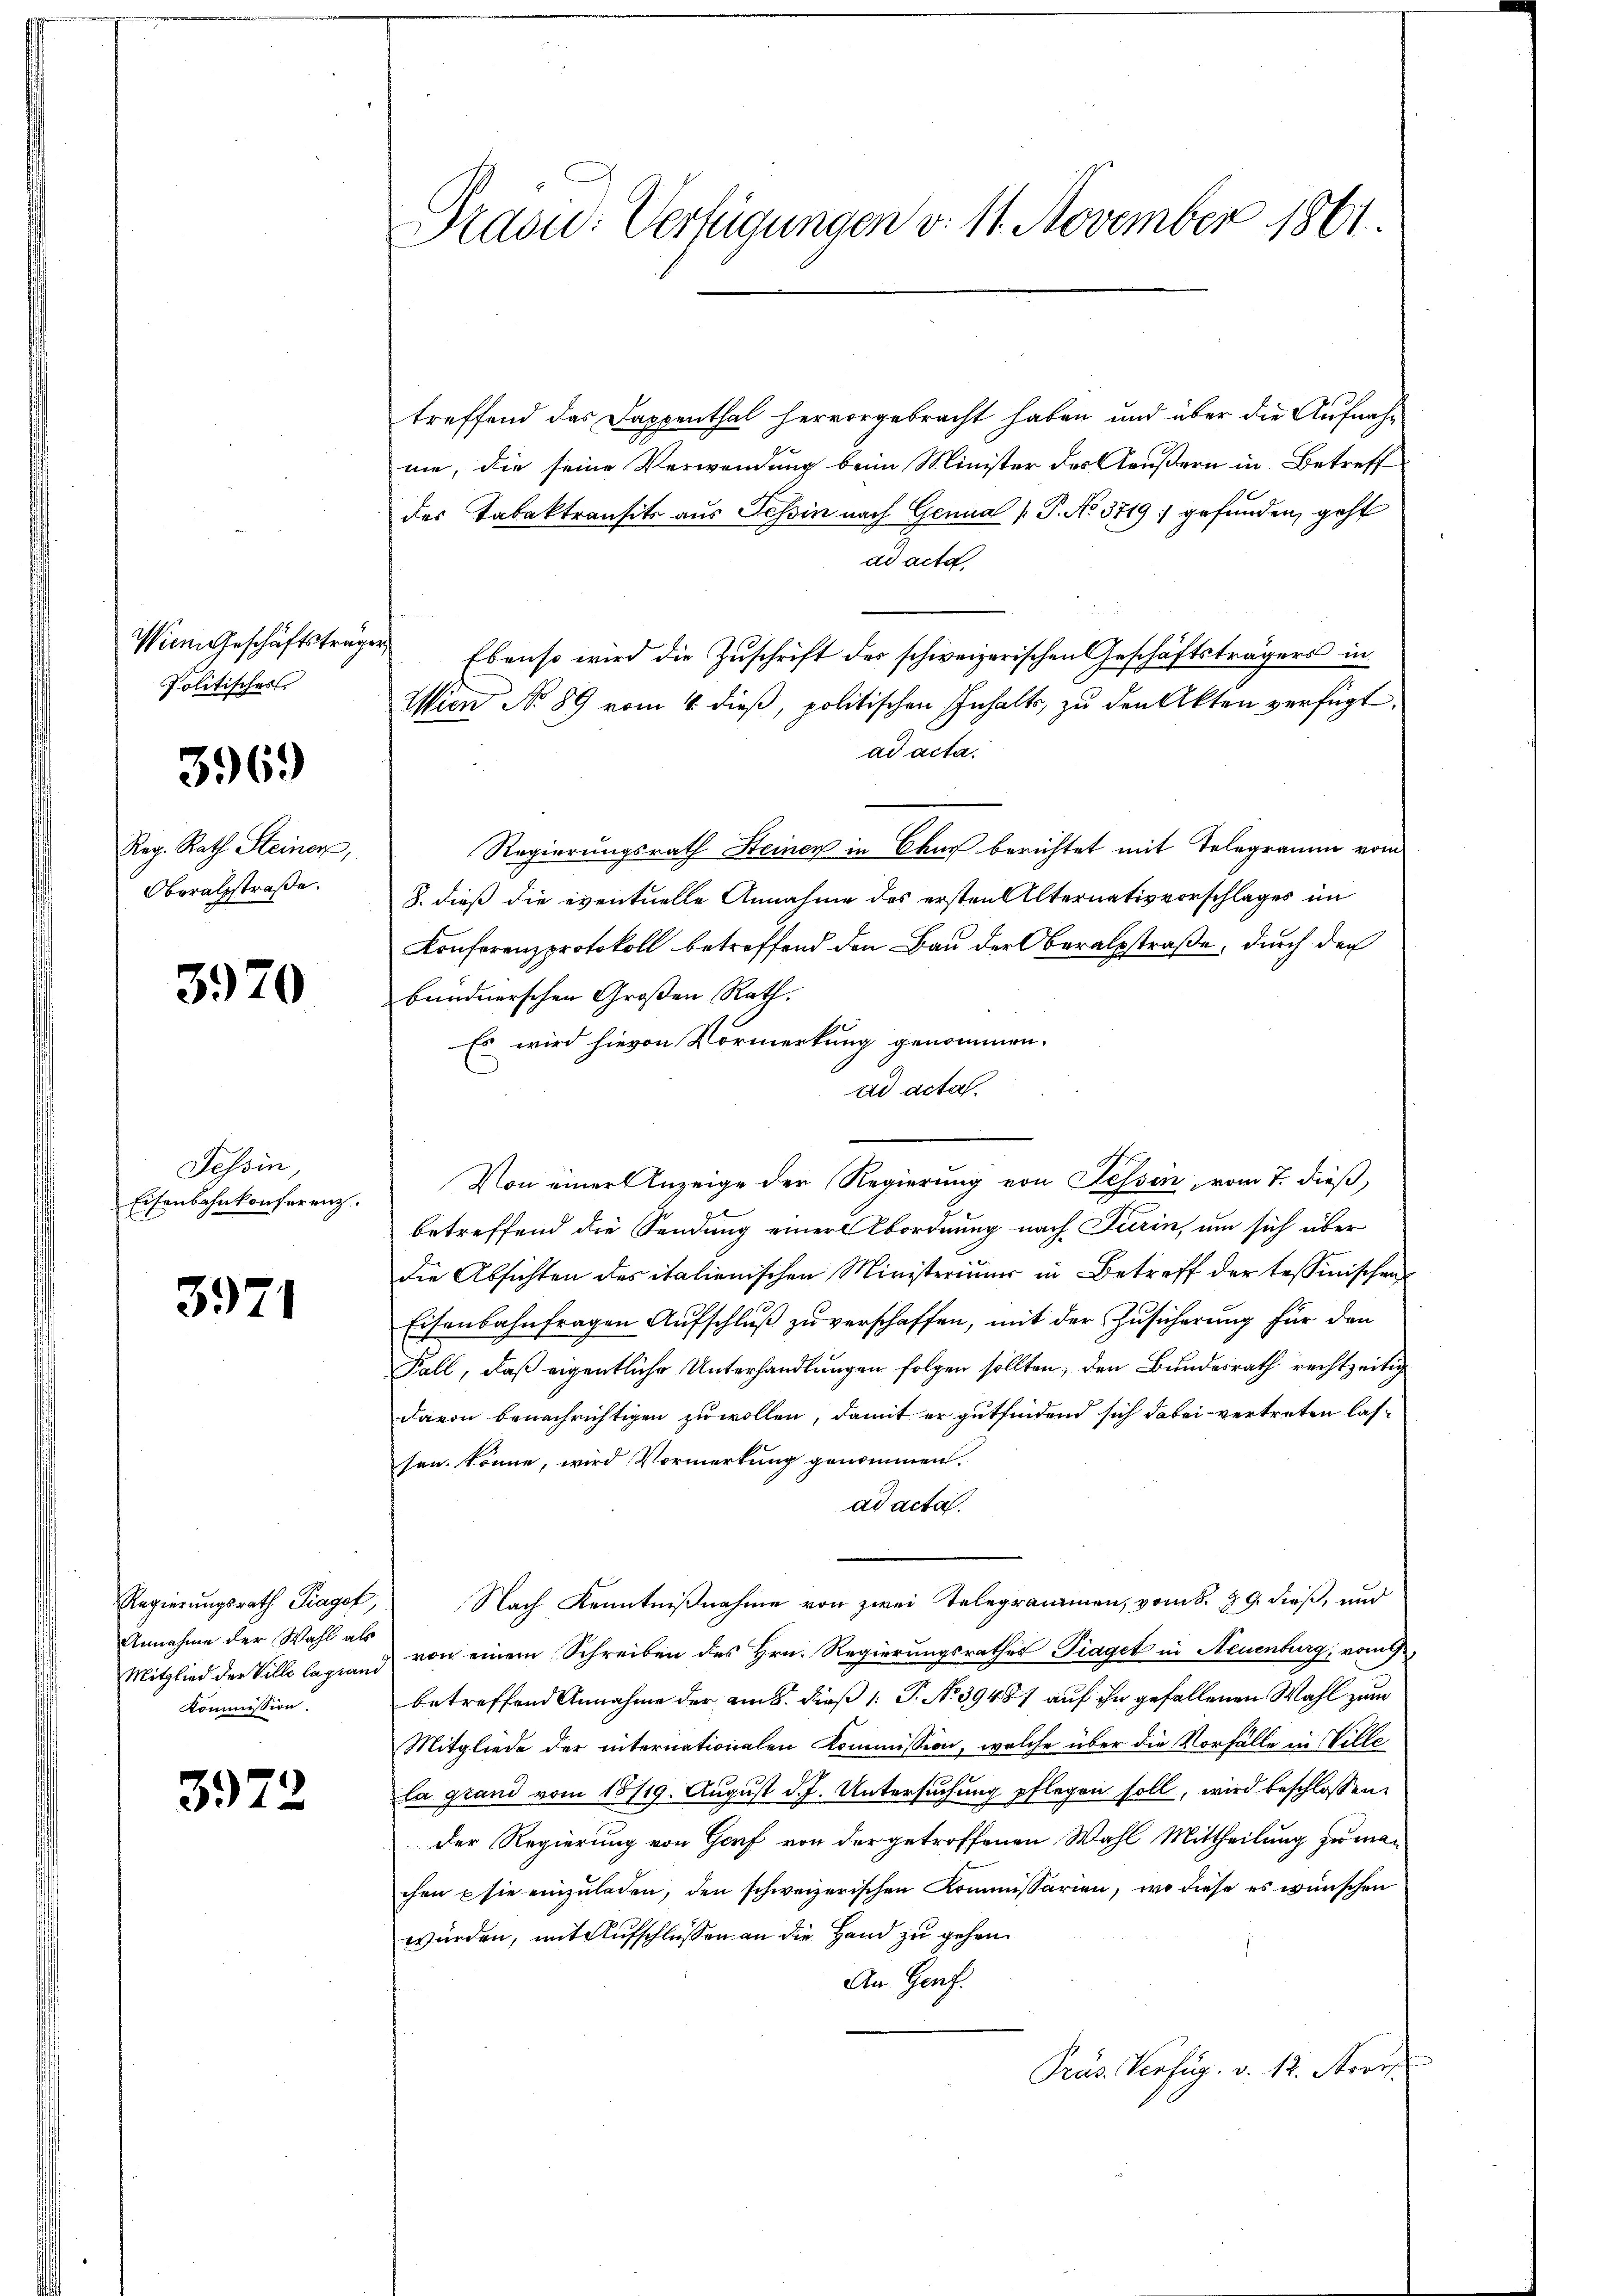
Wien Geschäftsträge
Politisches

3969

Reg. Rath Steiner,
Oberalsstraße.

3970

Tessin,
Eisenbahnkonferenz

3971

Annahme der Wahl als
Mitglied der Ville lagrand
Kommission.

3972

Präsid. Verfügungen v. 11. November 1861.

treffend das Dappenthal hervorgebracht haben und über die Aufnahm
ne, die seine Verwendung beim Minister des Aeußern in Betreff
des Tabaktransits aus Tessin nach Genua (T. No 3719 :/ gefunden, geht
ad acta,
e
Ebenso wird die Zuschrift des schweizerischen Geschäftsträgers in
Wien No 89 vom 4. dieß, politischen Inhalts, zu den Akten verfügt.
ad acta.
Regierungsrath Steiner in Chur berichtet mit Telegramm vom
8. dieß die eventuelle Annahme des ersten Alternativvorschlages im
Konferenzprotokoll betreffend den Bau der Oberalsstraße, durch der
bündnerschen Großen Rath,
Es wird hievon Vormerkung genommen.
ad acta.
Von einer Anzeige der Regierung von Tessin, vom 7. dieß,
betreffend die Sendung einer Abordnung nach Turin, um sich über
Die Absichten des italienischen Ministeriums in Betreff der tessinischen
Eisenbahnfragen Aufschluß zu verschaffen, mit der Zusicherung für den
Fall, daß eigentliche Unterhandlungen folgen sollten, den Bundesrath rechtzeitig
davon benachrichtigen zu wollen, damit er gutfindend sich dabei vertreten lassen könne, wird Vormerkung genommen.
ad acta.
Regierungsrath Tragof, Nach Kenntnißnahme von zwei Telegrammen, vom 8. 89. dieß, und
von einem Schreiben des Hrn. Regierungsrathes Piaget in Neuenburg, vom 9
betreffend Annahme der am 8. dieß 1: P. No 39487 auf ihn gefallenen Wahl zum
Mitgliede der internationalen Kommission, welche über die Vorfälle in Villela grand vom 18719. Aŭgŭst d. J. Untersŭchŭng pflegen soll, wird beschlossen
der Regierung von Gorf von der getroffenen Wahl Mittheilung zu machen sie einzŭladen, den schweizerischen Kommissarien, wo diese es wünschen
würden, mit Aufschlüssen an die Hand zu gehen.
An Genf.
Präs. Verfüg. v. 12. Nove

af